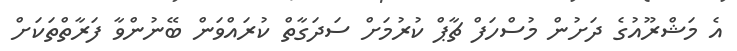
އެ މަޝްރޫއުގެ ދަށުން މުސްހަފް ޗާޕް ކުރުމަށް ސަދަގާތް ކުރައްވަން ބޭނުންވާ ފަރާތްތަކަށް